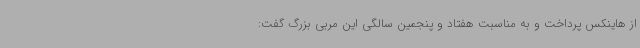
از هاینکس پرداخت و به مناسبت هفتاد و پنجمین سالگی این مربی بزرگ گفت: